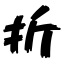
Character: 折